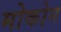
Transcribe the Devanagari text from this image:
मोकोन